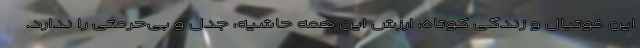
این فوتبال و زندگی کوتاه، ارزش این همه حاشیه، جدل و بی‌حرمتی را ندارد.